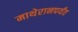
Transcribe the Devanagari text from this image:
माथेरानपर्यंत